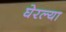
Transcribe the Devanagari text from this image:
घेरल्या